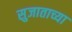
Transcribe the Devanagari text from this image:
सुजाताच्या